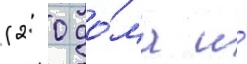
(2: 0 до́ма и́